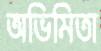
অভিমিতা